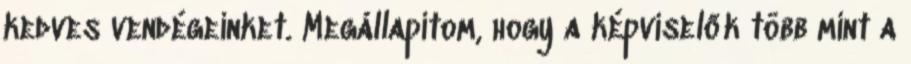
kedves vendégeinket. Megállapítom, hogy a képviselők több mint a